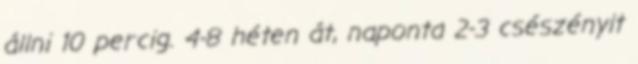
állni 10 percig. 4-8 héten át, naponta 2-3 csészényit